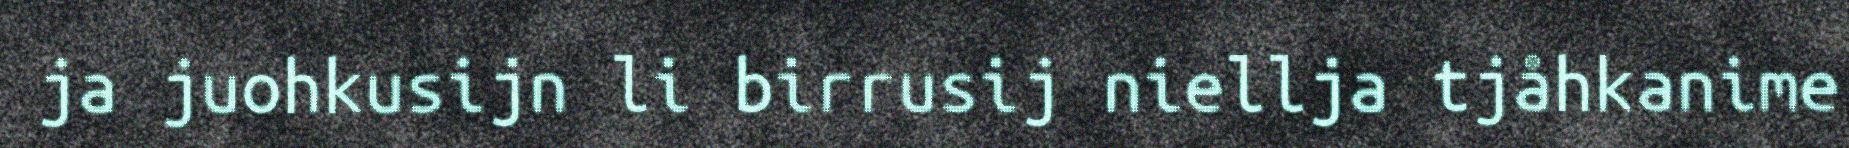
ja juohkusijn li birrusij niellja tjåhkanime